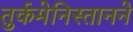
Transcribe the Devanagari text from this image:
तुर्कमेनिस्तानने